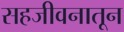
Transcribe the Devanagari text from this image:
सहजीवनातून